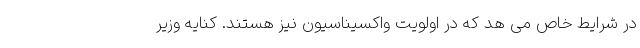
در شرایط خاص می هد که در اولویت واکسیناسیون نیز هستند. کنایه وزیر